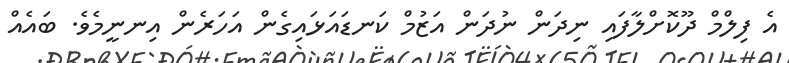
އެ ފިލްމް ދޫކޮށްލާފައި ނިދަން ނުދަން އަޒުމް ކަނޑައަޅައިގެން އަހަރެން އިނނީމެވެ. ބައެއް